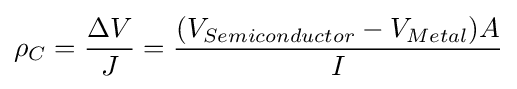
\rho _{C}={\frac {\Delta V}{J}}={\frac {(V_{Semiconductor}-V_{Metal})A}{I}}